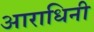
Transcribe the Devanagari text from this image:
आराधिनी